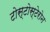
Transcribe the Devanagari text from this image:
टोस्टोस्टेरोन